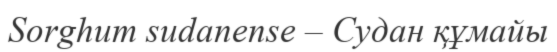
Sorghum sudanense – Судан құмайы